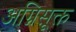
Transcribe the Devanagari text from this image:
अग्निसूक्त